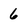
Character: 6